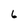
Character: 6